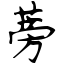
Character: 蒡